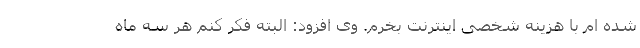
شده ام با هزینه شخصی اینترنت بخرم. وی افزود: البته فکر کنم هر سه ماه